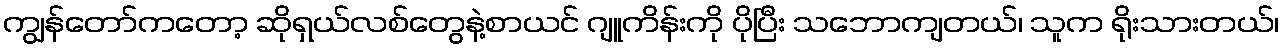
ကျွန်တော်ကတော့ ဆိုရှယ်လစ်တွေနဲ့စာယင် ဂျူကိန်းကို ပိုပြီး သဘောကျတယ်၊ သူက ရိုးသားတယ်၊